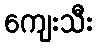
ကျေးသီး